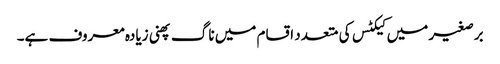
برصغیر میں کیکٹس کی متعدد اقسام میں ناگ پھنی زیادہ معروف ہے۔